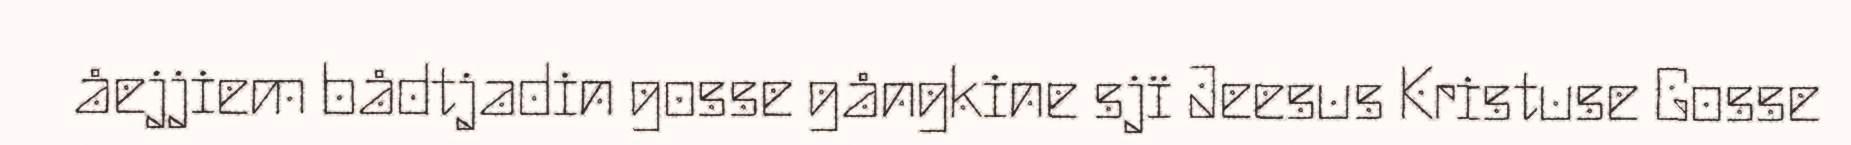
åejjiem bådtjadin gosse gångkine sjï Jeesus Kristuse Gosse